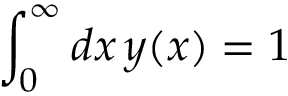
\int _ { 0 } ^ { \infty } d x \, y ( x ) = 1